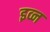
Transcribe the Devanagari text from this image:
इव्न